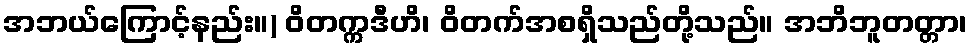
အဘယ်ကြောင့်နည်း။) ဝိတက္ကဒီဟိ၊ ဝိတက်အစရှိသည်တို့သည်။ အဘိဘူတတ္တာ၊